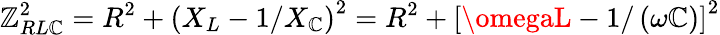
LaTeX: \mathbb{Z}_{RL\mathbb{C}}^{2}=R^{2}+\left(X_{L}-1/X_{\mathbb{C}}\right)^{2}=R^{2}+\left[\omegaL-1/\left(\omega\mathbb{C}\right)\right]^{2}